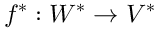
f ^ { * } : W ^ { * } \to V ^ { * }